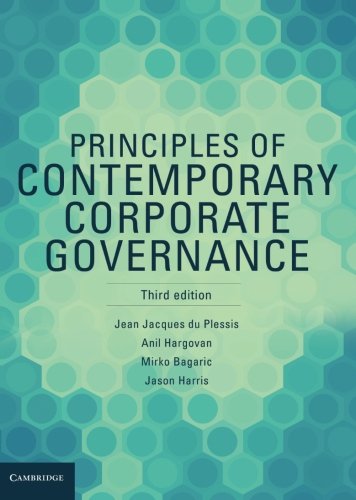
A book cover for Principles of Contemporary Corporate Governance; Jean Jacques Du Plessis; Business & Money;